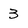
Character: 3